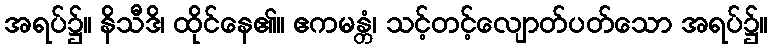
အရပ်၌။ နိသီဒိ၊ ထိုင်နေ၏။ ဧကမန္တံ၊ သင့်တင့်လျောတ်ပတ်သော အရပ်၌။